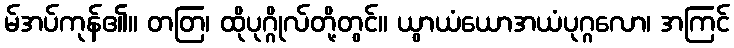
မ်အပ်ကုန်၏။ တတြ၊ ထိုပုဂ္ဂိုလ်တို့တွင်။ ယွာယံယောအယံပုဂ္ဂလော၊ အကြင်